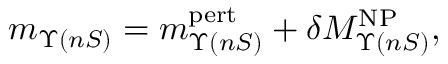
m _ { \Upsilon ( n S ) } = m _ { \Upsilon ( n S ) } ^ { \mathrm { p e r t } } + \delta M _ { \Upsilon ( n S ) } ^ { \mathrm { N P } } ,